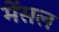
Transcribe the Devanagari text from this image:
मेंसल